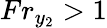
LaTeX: Fr_{y_{2}}>1